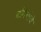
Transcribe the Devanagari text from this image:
बगिचांचे